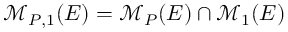
\mathcal { M } _ { P , 1 } ( E ) = \mathcal { M } _ { P } ( E ) \cap \mathcal { M } _ { 1 } ( E )